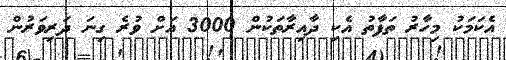
އެކަމަކު މިހާރު ތަފާތު އެކި ދާއިރާތަކުން 3000 އަށް ވުރެ ގިނަ ދަރިވަރުން